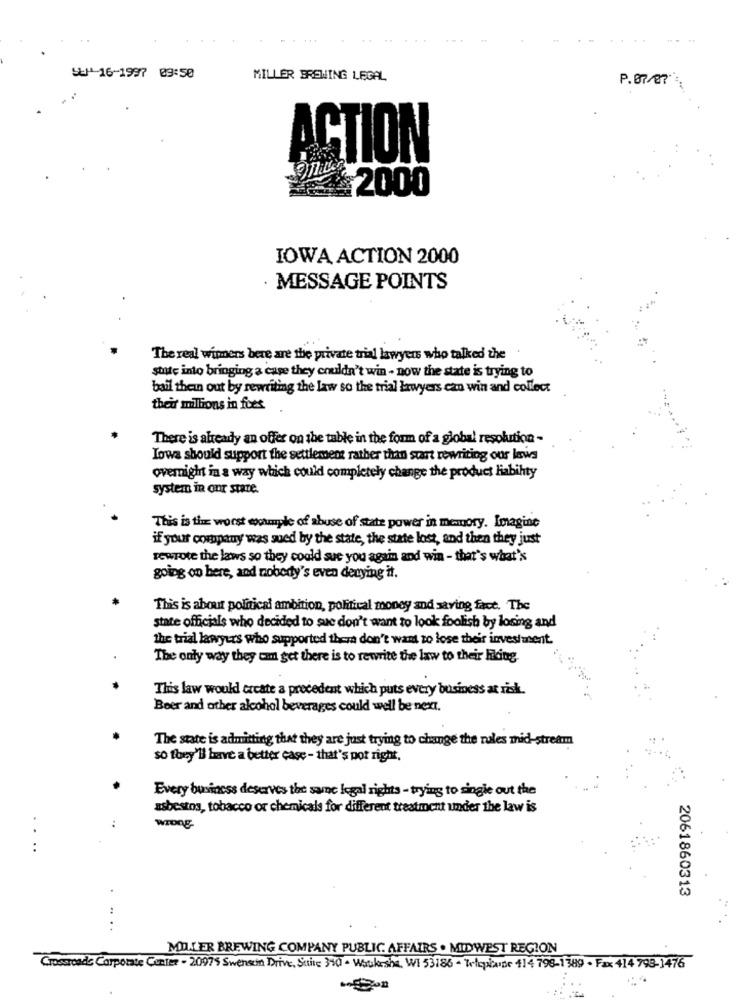
SEX-16-1997 09:50
MILLER BREWING LEGAL
P.07/07" .
ACTION
2000
IOWA ACTION 2000
· MESSAGE POINTS
The real winners bere are the private trial lawyers who talked the
state into bringing a case they couldn't win - now the state is trying to
bail theun out by rewriting the law so the trial lawyers can win and collect
their millions in fees
There is already an offer on the table in the form of a global resolution -
Iowa should support the settlement rather than start rewriting our laws
overnight in a way which could completely change the product liability
system in our state.
This is the worst couple of abuse of state power in memory. Imagine
if your company was sued by the state, the state lost, and then they just
rewrote the laws so they could sue you again and win - that's what's
going on here, and nobody's even denying it.
This is about political ambition, political money and saving fact. The
state officials who decided to sue don't want to look foolish by losing and
the trial lawyers who supported thera don't want to lose their investment.
The only way they can get there is to rewrite the law to their hiking.
This law would create a precedent which puts every business at risk.
Beer and other alcohol beverages could well be next.
The state is admitting that they are just trying to change the rules mid-stream
so they'll have a better case - that's pot right.
Every business deserves the same legal rights - trying to single out the
asbestos, tobacco or chemicals for different treatment under the law is
WIDDE-
...
2061860313
:
....
MILLER BREWING COMPANY PUBLIC AFFAIRS . MIDWEST REGION
Crossroads Corporate Center - 20975 Swenson Drive, Suite 390 - Waukesha, WI 53186 - Zlephavde +14 798-1389 - Fax 414 793-1476